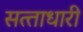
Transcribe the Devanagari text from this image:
सत्‍ताधारी